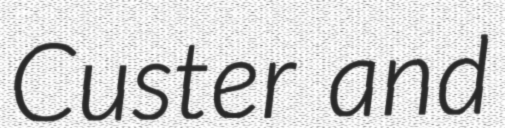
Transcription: Custer and